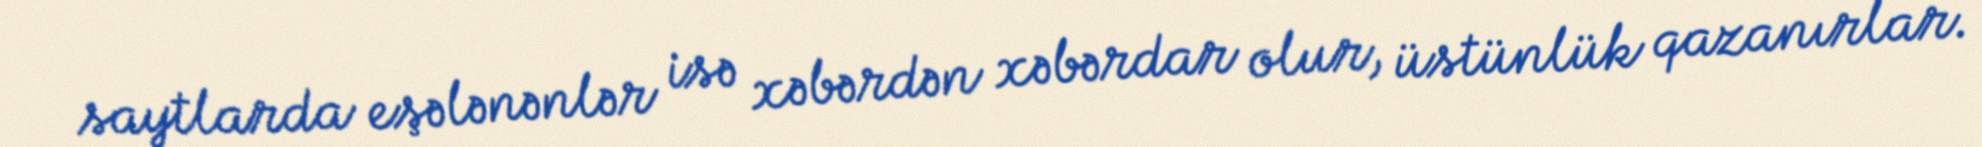
saytlarda eşələnənlər isə xəbərdən xəbərdar olur, üstünlük qazanırlar.